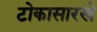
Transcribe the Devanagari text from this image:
टोकासारखे